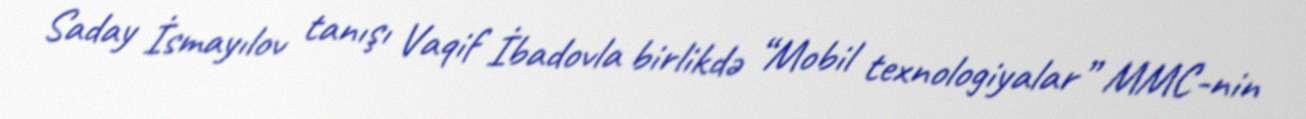
Saday İsmayılov tanışı Vaqif İbadovla birlikdə “Mobil texnologiyalar” MMC-nin